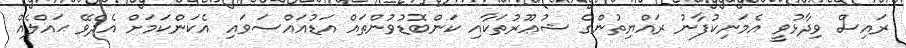
ރައިސް ވިދާޅުވީ އެމަނިކުފާނު ރައްޔިތުންގެ ޝުޢޫރުުތަކާއި ކަންބޮޑުވުންތައް އަޑުއައްސަވައި އެކަންކަމަށް އެދެވޭ ޙައްލެއް